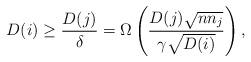
LaTeX: \begin{align*} D(i) \ge \frac{D(j)}{\delta} = \Omega\left(\frac{D(j)\sqrt{n n_j}}{\gamma \sqrt{D(i)}}\right), \end{align*}